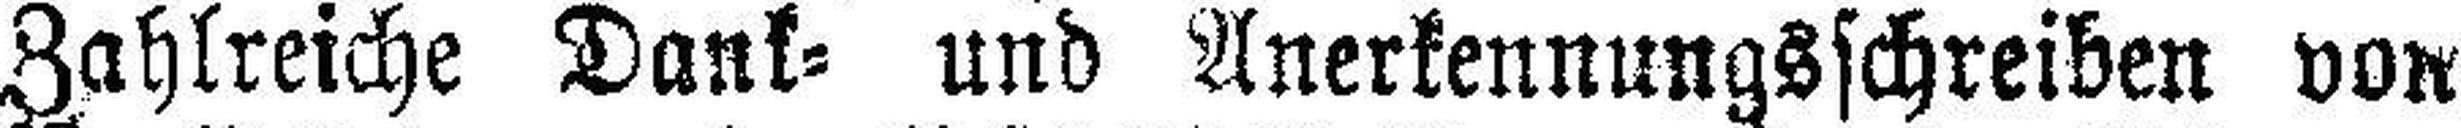
Zahlreiche Dank= und Anerkennungsschreiben von